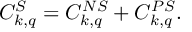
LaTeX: { \cal C } _ { k , q } ^ { S } = { \cal C } _ { k , q } ^ { N S } + { \cal C } _ { k , q } ^ { P S } .